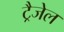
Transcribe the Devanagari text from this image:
ट्रैजेल